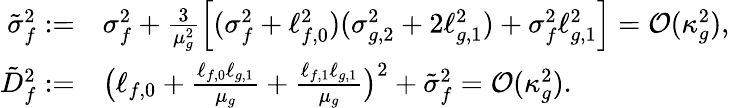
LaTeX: \begin{array}{rl}{\tilde{\sigma}_{f}^{2}:=}&{\sigma_{f}^{2}+\frac{3}{\mu_{g}^{2}}\left[(\sigma_{f}^{2}+\ell_{f,0}^{2})(\sigma_{g,2}^{2}+2\ell_{g,1}^{2})+\sigma_{f}^{2}\ell_{g,1}^{2}\right]=\mathcal{O}(\kappa_{g}^{2}),}\\ {\tilde{D}_{f}^{2}:=}&{\big(\ell_{f,0}+\frac{\ell_{f,0}\ell_{g,1}}{\mu_{g}}+\frac{\ell_{f,1}\ell_{g,1}}{\mu_{g}}\big)^{2}+\tilde{\sigma}_{f}^{2}=\mathcal{O}(\kappa_{g}^{2}).}\end{array}